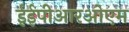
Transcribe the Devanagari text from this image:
ईईपीआरओएम